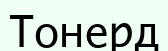
Тонерд